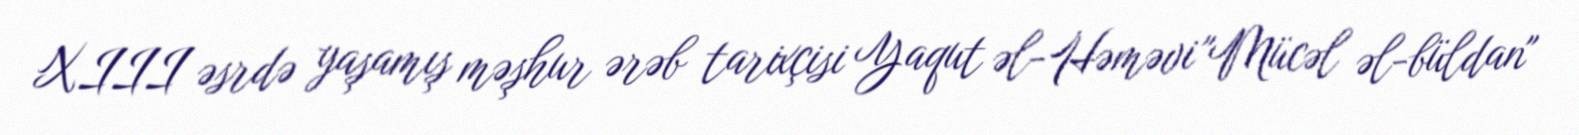
XIII əsrdə yaşamış məşhur ərəb tarixçisi Yaqut əl-Həməvi "Mücəl əl-büldan"